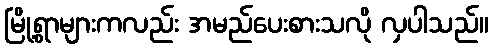
မြို့ရွာများကလည်း အမည်ပေးစားသလို လှပါသည်။